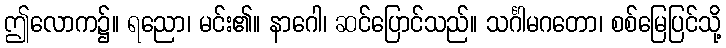
ဤလောက၌။ ရညော၊ မင်း၏။ နာဂေါ၊ ဆင်ပြောင်သည်။ သင်္ဂါမဂတော၊ စစ်မြေပြင်သို့